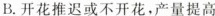
B.开花推迟或不开花，产量提高